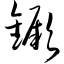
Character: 镢